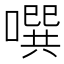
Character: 噀